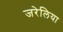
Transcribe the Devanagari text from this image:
जरेलिया